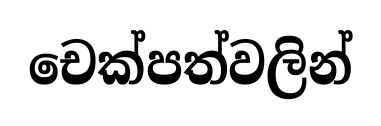
චෙක්පත්වලින්